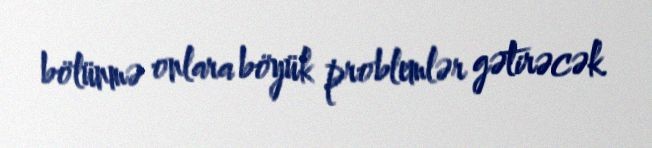
bölünmə onlara böyük problemlər gətirəcək.